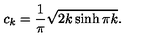
c _ { k } = \frac { 1 } { \pi } \sqrt { 2 k \sinh \pi k } .